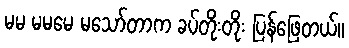
မမ မမမေ မသော်တာက ခပ်တိုးတိုး ပြန်ဖြေတယ်။